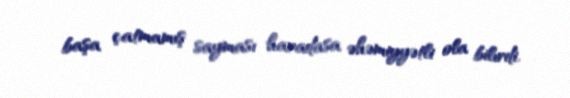
başa çatmamış sayması haradasa əhəmiyyətli ola bilırdi.